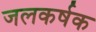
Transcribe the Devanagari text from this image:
जलकर्षक